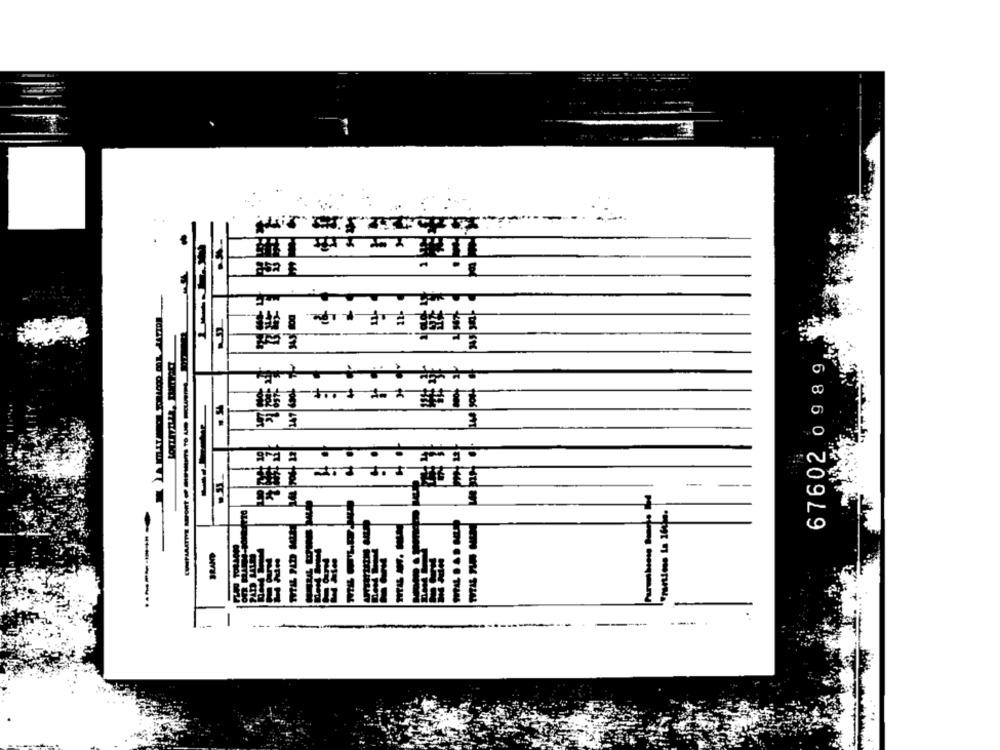
UT
67602 0989
---